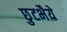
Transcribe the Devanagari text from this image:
छुटभैये